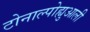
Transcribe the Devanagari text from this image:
टोनाल्पोह्युआली